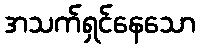
အသက်ရှင်နေသော